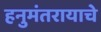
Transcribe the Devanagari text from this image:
हनुमंतरायाचे